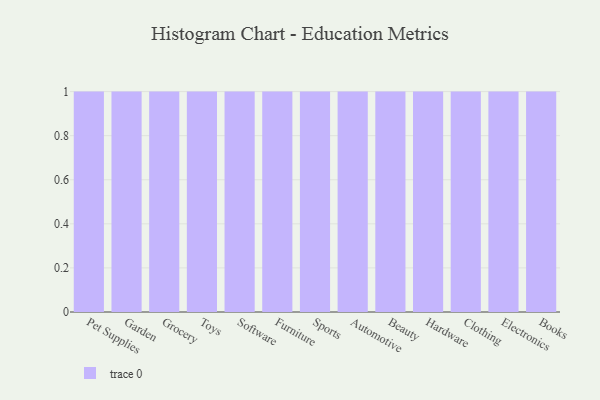
{"axis": {"x": "Category", "y": "Conversion Rate (%)"}, "legend": [""], "data": [{"x": "Pet Supplies", "y": 42, "type": ""}, {"x": "Garden", "y": 6, "type": ""}, {"x": "Grocery", "y": 80, "type": ""}, {"x": "Toys", "y": 6, "type": ""}, {"x": "Software", "y": 50, "type": ""}, {"x": "Furniture", "y": 68, "type": ""}, {"x": "Sports", "y": 70, "type": ""}, {"x": "Automotive", "y": 95, "type": ""}, {"x": "Beauty", "y": 95, "type": ""}, {"x": "Hardware", "y": 49, "type": ""}, {"x": "Clothing", "y": 46, "type": ""}, {"x": "Electronics", "y": 20, "type": ""}, {"x": "Books", "y": 74, "type": ""}]}